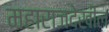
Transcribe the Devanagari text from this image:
महाराजदेखील